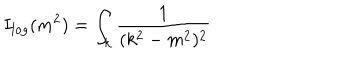
I _ { l o g } ( m ^ { 2 } ) = \int _ { k } \frac { 1 } { ( k ^ { 2 } - m ^ { 2 } ) ^ { 2 } }